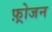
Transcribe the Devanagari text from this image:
फ़्रोजन